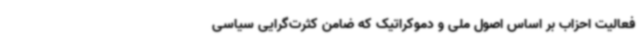
فعالیت احزاب بر اساس اصول ملی و دموکراتیک که ضامن کثرت‌گرایی سیاسی